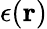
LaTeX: \epsilon({\mathbf r})